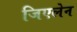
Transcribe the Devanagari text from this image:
जिएलेन